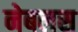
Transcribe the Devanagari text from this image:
नेबलस